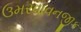
ઉમરવાવનજીક